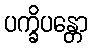
ပက္ခိပန္တော